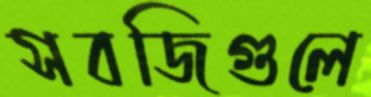
সবজিগুলে